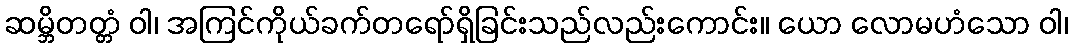
ဆမ္ဘိတတ္တံ ဝါ၊ အကြင်ကိုယ်ခက်တရော်ရှိခြင်းသည်လည်းကောင်း။ ယော လောမဟံသော ဝါ၊